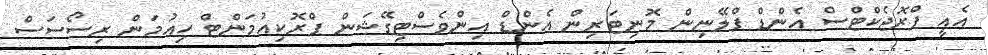
އެއީ ޕްރޮޖެކްޓްސް އެންޑް ޕްލޭނިން މޮނިޓަރިން އެންޑް އިންވެސްޓިގޭޝަން ޕްރޮކިއުމަންޓް ހިއުމަން ރިސޯސަސް